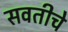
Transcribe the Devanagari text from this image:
सवतीचे